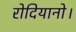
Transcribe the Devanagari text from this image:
रोदियानो।